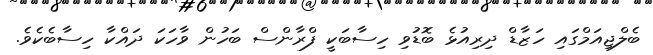
ބެލްޖިއަމްގައި ހަޒާޑް ދިރިއުޅެ ބޮޑުވި ހިސާބަކީ ފްރާންސް ބަހުން ވާހަކަ ދައްކާ ހިސާބެކެވެ.